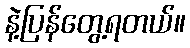
နဲ့ပြန်တွေ့ရတယ်။